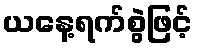
ယနေ့ရက်စွဲဖြင့်